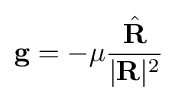
\mathbf {g} =-\mu {\frac {\hat {\mathbf {R} }}{|\mathbf {R} |^{2}}}